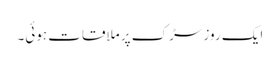
ایک روز سڑک پر ملاقات ہوئی۔